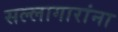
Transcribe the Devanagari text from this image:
सल्लागारांना